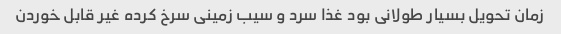
زمان تحویل بسیار طولانی بود غذا سرد و سیب زمینی سرخ کرده غیر قابل خوردن